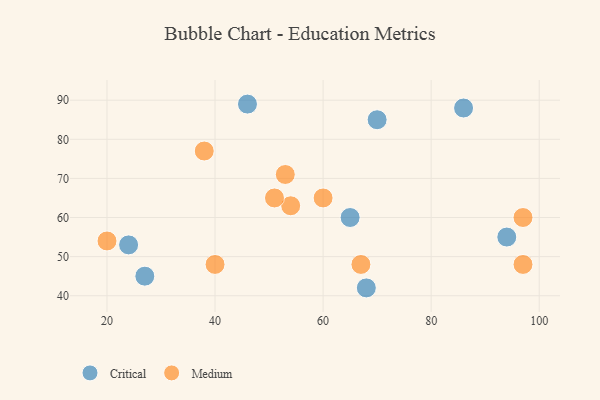
{"axis": {"x": "GDP", "y": "Life Expectancy"}, "legend": ["Critical", "Medium"], "data": [{"x": "68", "y": 42, "type": "Critical"}, {"x": "46", "y": 89, "type": "Critical"}, {"x": "94", "y": 55, "type": "Critical"}, {"x": "24", "y": 53, "type": "Critical"}, {"x": "86", "y": 88, "type": "Critical"}, {"x": "27", "y": 45, "type": "Critical"}, {"x": "65", "y": 60, "type": "Critical"}, {"x": "70", "y": 85, "type": "Critical"}, {"x": "53", "y": 71, "type": "Medium"}, {"x": "97", "y": 60, "type": "Medium"}, {"x": "54", "y": 63, "type": "Medium"}, {"x": "38", "y": 77, "type": "Medium"}, {"x": "97", "y": 48, "type": "Medium"}, {"x": "20", "y": 54, "type": "Medium"}, {"x": "51", "y": 65, "type": "Medium"}, {"x": "40", "y": 48, "type": "Medium"}, {"x": "67", "y": 48, "type": "Medium"}, {"x": "60", "y": 65, "type": "Medium"}]}